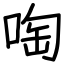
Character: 啕